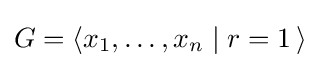
G=\langle x_{1},\dots ,x_{n}\mid r=1\,\rangle